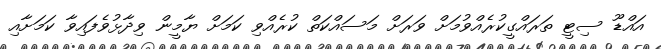
އައްޑޫ ސިޓީ ތަރައްގީކުރެއްވުމަށް ވަރަށް މަސައްކަތް ކުރެއްވި ކަމަށް ޔާމީން ވިދާޅުވެފައިވާ ކަމަށާއި